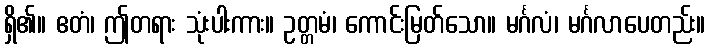
ရှိ၏။ ဧတံ၊ ဤတရား သုံးပါးကား။ ဥတ္တမံ၊ ကောင်းမြတ်သော။ မင်္ဂလံ၊ မင်္ဂလာပေတည်း။